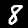
Digit: 8